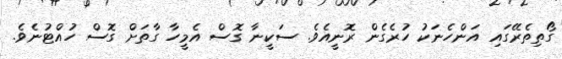
ގޯތިތެރޭގައި އަންހެނަކު ހުރެގެން ރޮނީއެވެ. ސަކީނާ ގޮސް އެމީހާ ގާތަށް ގޮސް ހުއްޓުނެވެ.